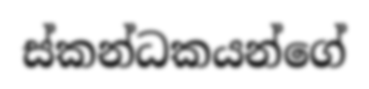
ස්කන්ධකයන්ගේ